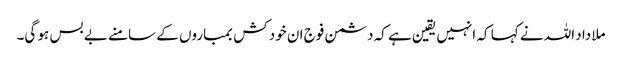
ملا داد اللہ نے کہا کہ انہیں یقین ہے کہ دشمن فوج ان خود کش بمباروں کے سامنے بے بس ہو گی۔